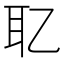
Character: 䎲